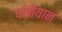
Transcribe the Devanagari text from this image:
पापीयान्‌